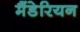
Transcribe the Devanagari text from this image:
मैंडेरियन